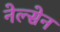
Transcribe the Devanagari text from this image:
नेल्सेन